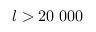
l > 2 0 \; 0 0 0